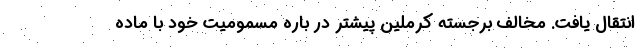
انتقال یافت. مخالف برجسته کرملین پیشتر در باره مسمومیت خود با ماده